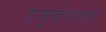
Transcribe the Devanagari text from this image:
एजुकेश्नल